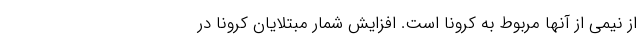
از نیمی از آنها مربوط به کرونا است. افزایش شمار مبتلایان کرونا در